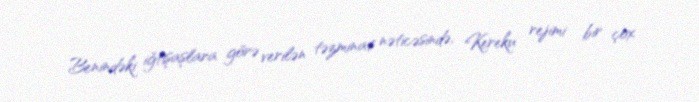
Benindəki iğtişaşlara görə verilən təzminat nəticəsində, Kereku rejimi bir çox